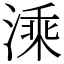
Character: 溗